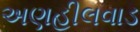
અણહીલવાડ